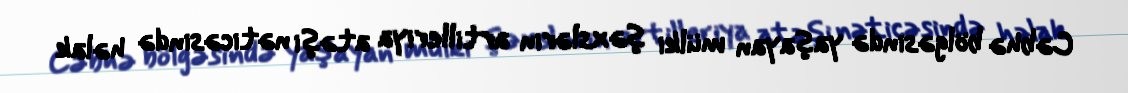
Cəbhə bölgəsində yaşayan mülki şəxslərin artilleriya atəşi nəticəsində həlak